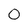
Character: 0